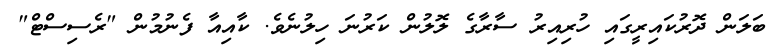
ބަލަން ދޮރުކައިރީގައި ހުރިއިރު ސާރާގެ ލޮލުން ކަރުނަ ހިލުނެވެ. ކާއިއާ ފެނުމުން "ރެސިސްޓް"